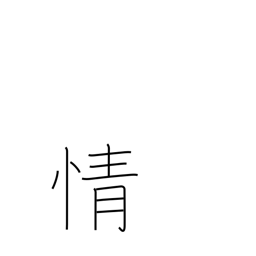
Meaning: emotion